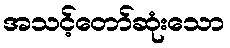
အသင့်တော်ဆုံးသော